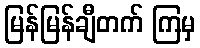
မြန်မြန်ချီတက် ကြမှ